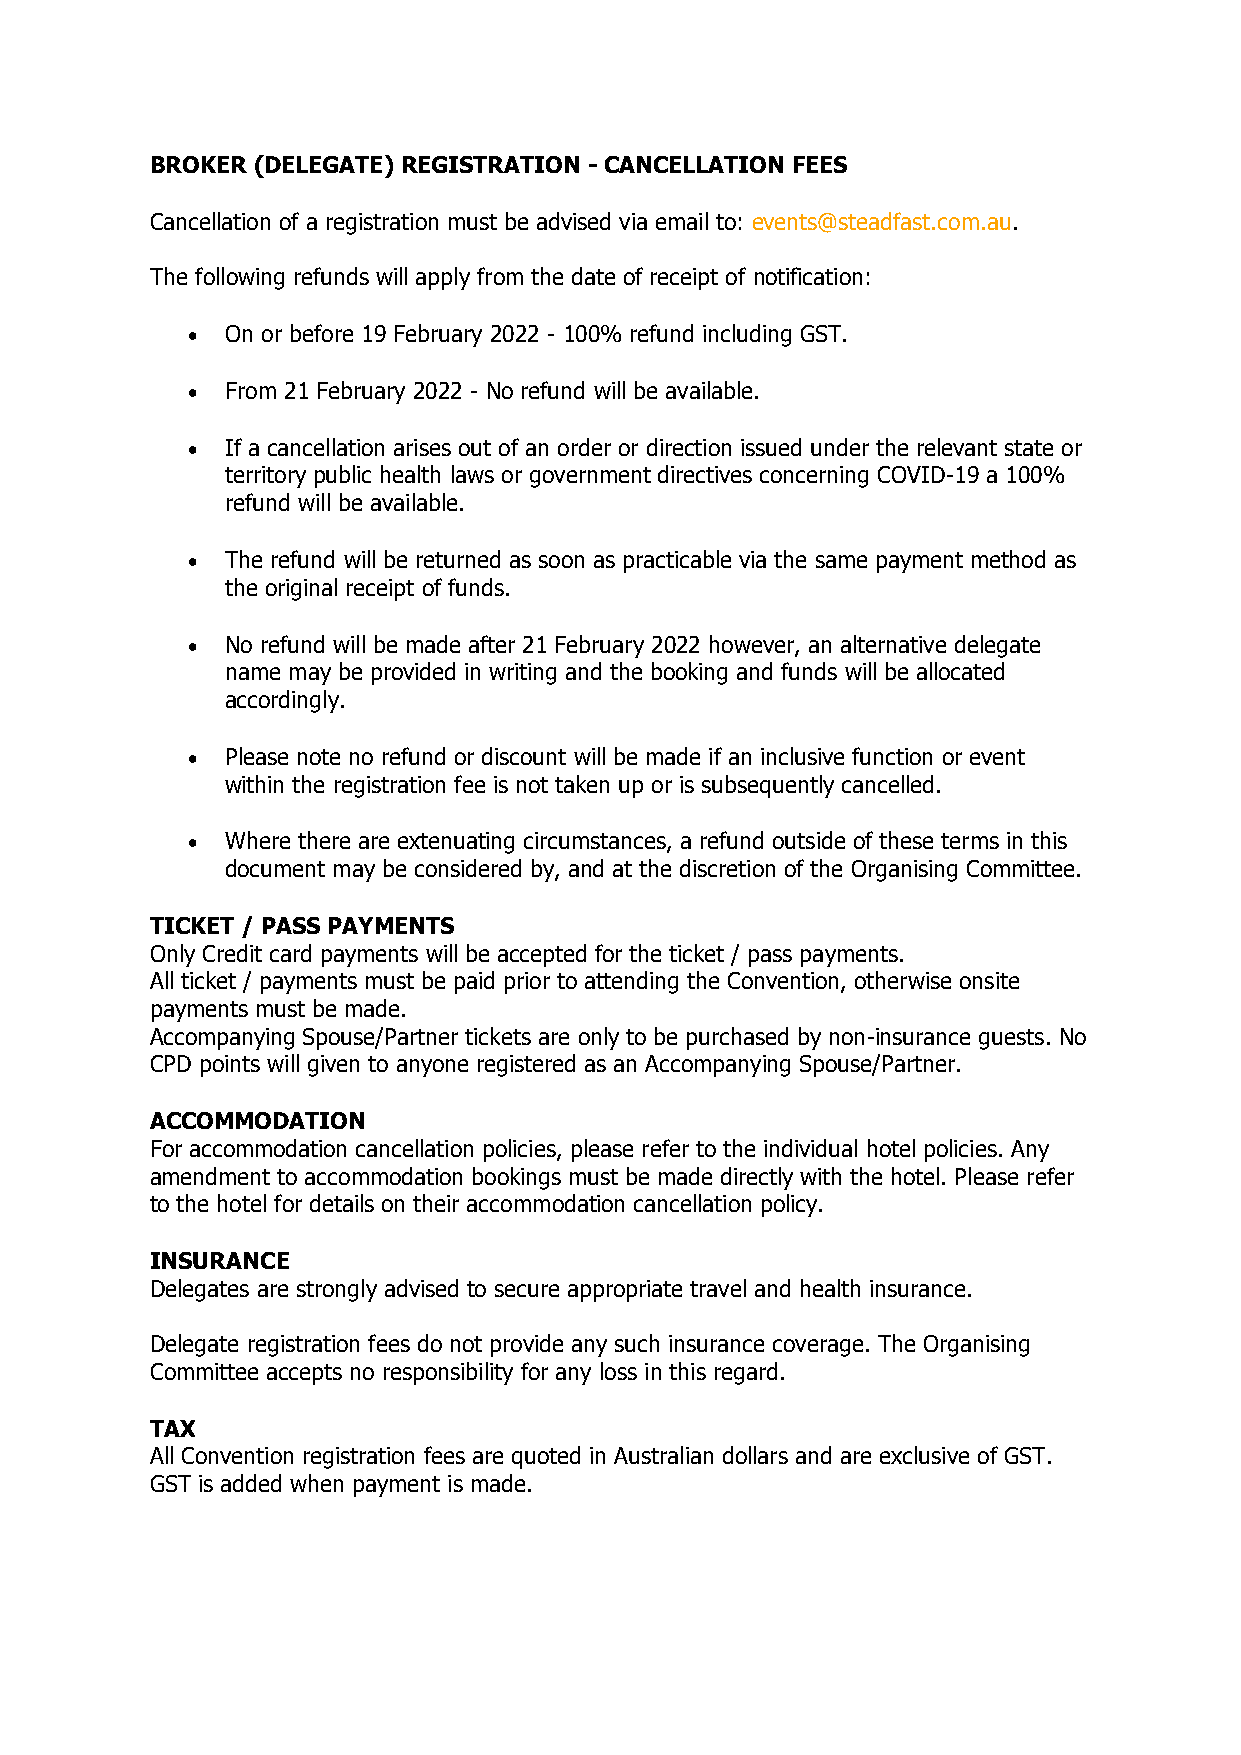
BROKER (DELEGATE) REGISTRATION - CANCELLATION FEES
 Cancellation of a registration must be advised via email to: events@steadfast.com.au.
 The following refunds will apply from the date of receipt of notification:
 •  On or before 19 February 2022 - 100% refund including GST.
 •  From 21 February 2022 - No refund will be available.
 •  If a cancellation arises out of an order or direction issued under the relevant state or
 territory public health laws or government directives concerning COVID-19 a 100%
 refund will be available.
 •  The refund will be returned as soon as practicable via the same payment method as
 the original receipt of funds.
 •  No refund will be made after 21 February 2022 however, an alternative delegate
 name may be provided in writing and the booking and funds will be allocated
 accordingly.
 •  Please note no refund or discount will be made if an inclusive function or event
 within the registration fee is not taken up or is subsequently cancelled.
 •  Where there are extenuating circumstances, a refund outside of these terms in this
 document may be considered by, and at the discretion of the Organising Committee.
 TICKET / PASS PAYMENTS
 Only Credit card payments will be accepted for the ticket / pass payments.
 All ticket / payments must be paid prior to attending the Convention, otherwise onsite
 payments must be made.
 Accompanying Spouse/Partner tickets are only to be purchased by non-insurance guests. No
 CPD points will given to anyone registered as an Accompanying Spouse/Partner.
 ACCOMMODATION
 For accommodation cancellation policies, please refer to the individual hotel policies. Any
 amendment to accommodation bookings must be made directly with the hotel. Please refer
 to the hotel for details on their accommodation cancellation policy.
 INSURANCE
 Delegates are strongly advised to secure appropriate travel and health insurance.
 Delegate registration fees do not provide any such insurance coverage. The Organising
 Committee accepts no responsibility for any loss in this regard.
 TAX
 All Convention registration fees are quoted in Australian dollars and are exclusive of GST.
 GST is added when payment is made.